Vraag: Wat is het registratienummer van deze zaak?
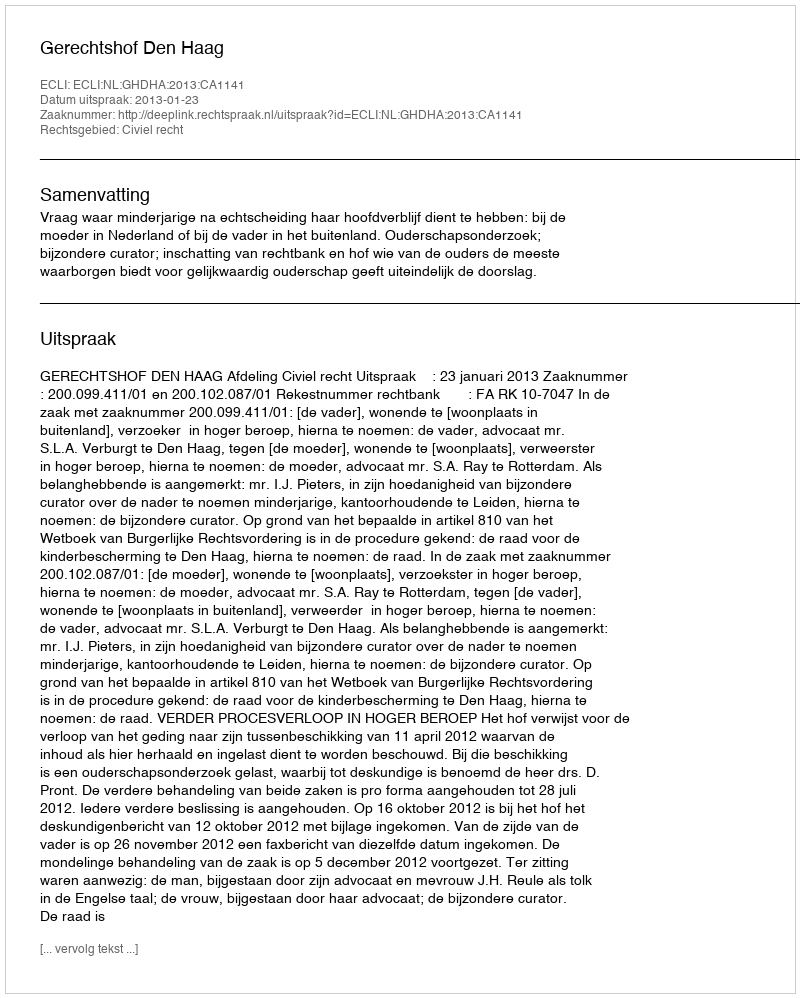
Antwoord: http://deeplink.rechtspraak.nl/uitspraak?id=ECLI:NL:GHDHA:2013:CA1141